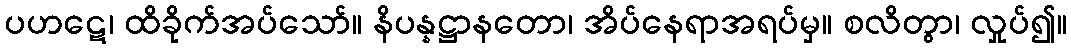
ပဟဋေ၊ ထိခိုက်အပ်သော်။ နိပန္နဋ္ဌာနတော၊ အိပ်နေရာအရပ်မှ။ စလိတွာ၊ လှုပ်၍။